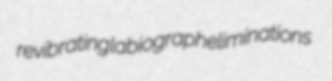
revibrating labiograph eliminations